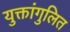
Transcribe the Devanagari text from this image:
युक्तांगुलित